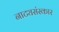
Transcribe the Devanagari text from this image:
नाट्यसंस्कार